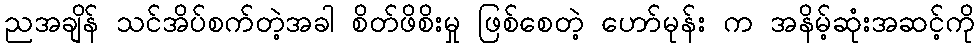
ညအချိန် သင်အိပ်စက်တဲ့အခါ စိတ်ဖိစိးမှု ဖြစ်စေတဲ့ ဟော်မုန်း က အနိမ့်ဆုံးအဆင့်ကို